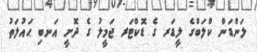
ލަންޑަން ކްލަބްގެ ލީޑަރ ގެ ޑޮކްޓަރ ޖަމީލު ގެ ދޮށީ އަނބި ޙައުލަތު